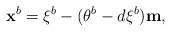
LaTeX: \begin{align*}\mathbf{x}^{b}=\xi^{b}-(\theta^{b}-d\xi^{b})\mathbf{m},\end{align*}